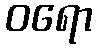
ဝရော